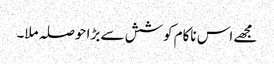
مجھے اس ناکام کوشش سے بڑا حوصلہ ملا۔